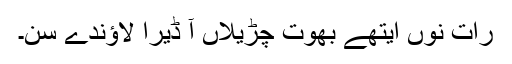
رات نوں ایتھے بُھوت چڑیلاں آ ڈیرا لاؤندے سن۔